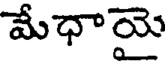
మేధాయై